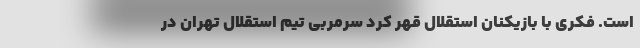
است. فکری با بازیکنان استقلال قهر کرد سرمربی تیم استقلال تهران در